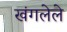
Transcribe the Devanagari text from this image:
खंगलेले